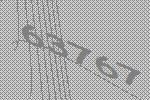
63767